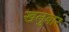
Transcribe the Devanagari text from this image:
खलुबार